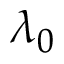
\lambda _ { 0 }